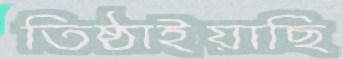
তিষ্ঠাইয়াছি